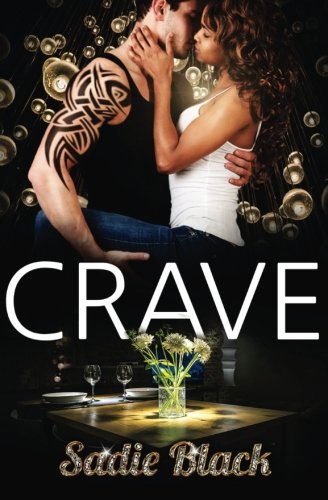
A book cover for Crave: A BWWM Romance; Sadie Black; Romance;